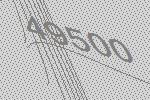
49500